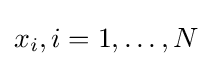
x_{i},i=1,\dots ,N